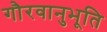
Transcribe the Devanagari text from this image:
गौरवानुभूति